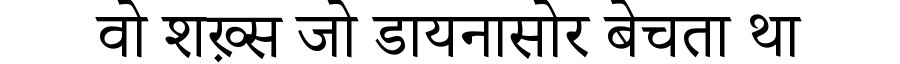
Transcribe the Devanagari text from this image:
वो शख़्स जो डायनासोर बेचता था